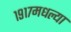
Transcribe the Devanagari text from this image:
१९१७मधल्या